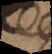
e